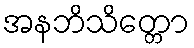
အနဘိသိတ္တော